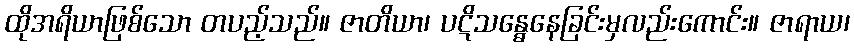
ထိုအရိယာဖြစ်သော တပည့်သည်။ ဇာတိယာ၊ ပဋိသန္ဓေနေခြင်းမှလည်းကောင်း။ ဇာရာယ၊